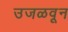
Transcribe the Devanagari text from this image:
उजळवून